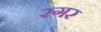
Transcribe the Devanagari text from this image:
रगर